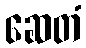
ဆေတံ